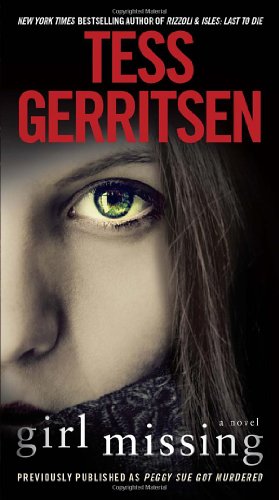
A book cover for Girl Missing (Previously published as Peggy Sue Got Murdered): A Novel; Tess Gerritsen; Mystery, Thriller & Suspense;